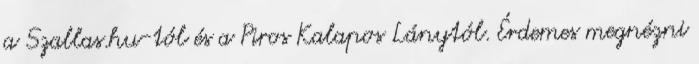
a Szallas.hu-tól és a Piros Kalapos Lánytól. Érdemes megnézni